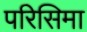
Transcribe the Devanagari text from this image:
परिसिमा